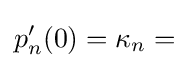
p_{n}'(0)=\kappa _{n}=